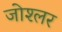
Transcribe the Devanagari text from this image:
जोश्लर